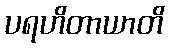
ပရဟိတာယာတိ